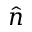
\hat { n }